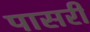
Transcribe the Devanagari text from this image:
पासरी